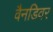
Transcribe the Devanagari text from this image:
वैनडिवर